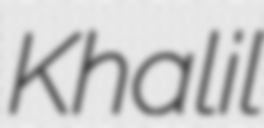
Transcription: Khalil